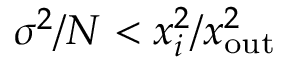
\sigma ^ { 2 } / N < { x _ { i } ^ { 2 } } / { x _ { \mathrm { o u t } } ^ { 2 } }